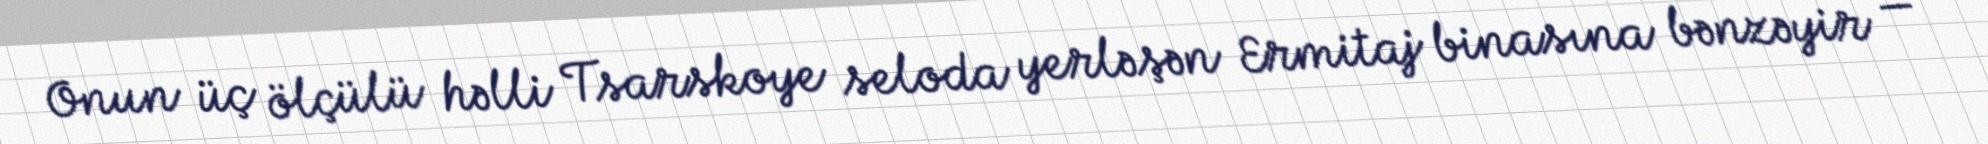
Onun üç ölçülü həlli Tsarskoye seloda yerləşən Ermitaj binasına bənzəyir —